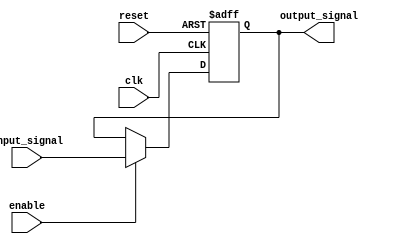
module level_sensitive_latch (
  input clk,
  input reset,
  input enable,
  input input_signal,
  output reg output_signal
);

always @(posedge clk or posedge reset) begin
  if (reset) begin
    output_signal <= 1'b0;
  end else begin
    if (enable) begin
      output_signal <= input_signal;
    end
  end
end

endmodule